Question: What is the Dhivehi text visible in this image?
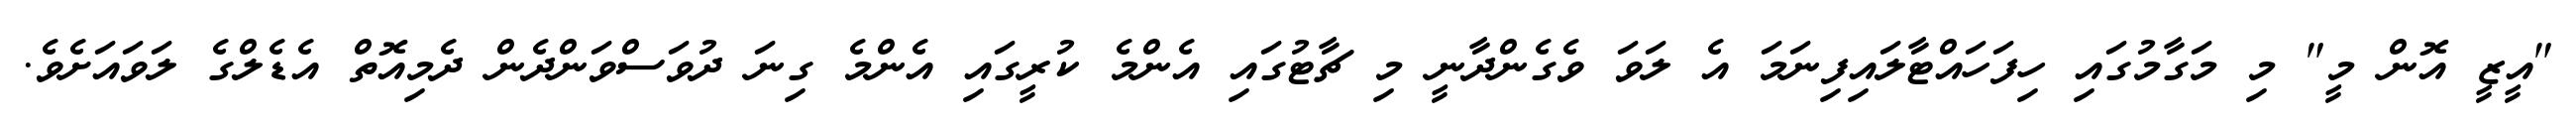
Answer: "އީޒީ އޮން މީ" މި މަގާމުގައި ހިފަހައްޓާލައިފިނަމަ އެ ލަވަ ވެގެންދާނީ މި ޗާޓުގައި އެންމެ ކުރީގައި އެންމެ ގިނަ ދުވަސްވަންދެން ދެމިއޮތް އެޑެލްގެ ލަވައަށެވެ.